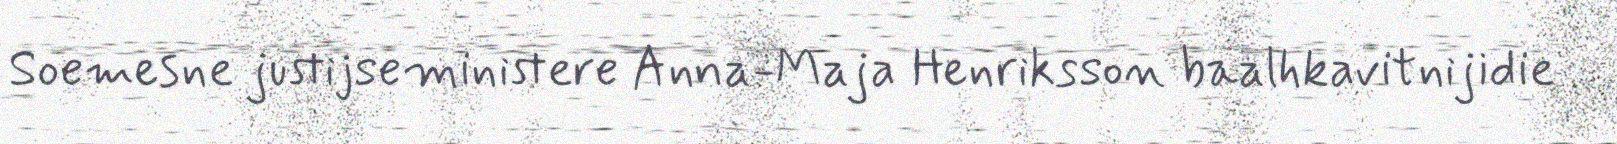
Soemesne justijseministere Anna-Maja Henriksson baalhkavitnijidie